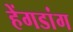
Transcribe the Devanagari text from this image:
हेंगडांग